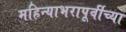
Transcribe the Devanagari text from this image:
महिन्याभरापूर्वीच्या